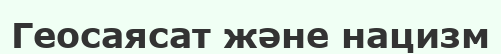
Геосаясат және нацизм